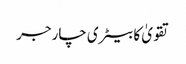
تقویٰ کا بیٹری چارجر